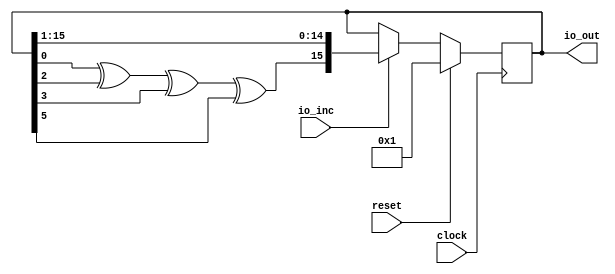
module LFSR16( // @[:@3.2]
  input         clock, // @[:@4.4]
  input         reset, // @[:@5.4]
  input         io_inc, // @[:@6.4]
  output [15:0] io_out // @[:@6.4]
);
  reg [15:0] res; // @[LFSR16.scala 16:20:@8.4]
  reg [31:0] _RAND_0;
  wire  _T_11; // @[LFSR16.scala 18:26:@10.6]
  wire  _T_12; // @[LFSR16.scala 18:33:@11.6]
  wire  _T_13; // @[LFSR16.scala 18:29:@12.6]
  wire  _T_14; // @[LFSR16.scala 18:40:@13.6]
  wire  _T_15; // @[LFSR16.scala 18:36:@14.6]
  wire  _T_16; // @[LFSR16.scala 18:47:@15.6]
  wire  _T_17; // @[LFSR16.scala 18:43:@16.6]
  wire [14:0] _T_18; // @[LFSR16.scala 18:55:@17.6]
  wire [15:0] _T_19; // @[Cat.scala 30:58:@18.6]
  wire [15:0] _GEN_0; // @[LFSR16.scala 17:17:@9.4]
  assign _T_11 = res[0]; // @[LFSR16.scala 18:26:@10.6]
  assign _T_12 = res[2]; // @[LFSR16.scala 18:33:@11.6]
  assign _T_13 = _T_11 ^ _T_12; // @[LFSR16.scala 18:29:@12.6]
  assign _T_14 = res[3]; // @[LFSR16.scala 18:40:@13.6]
  assign _T_15 = _T_13 ^ _T_14; // @[LFSR16.scala 18:36:@14.6]
  assign _T_16 = res[5]; // @[LFSR16.scala 18:47:@15.6]
  assign _T_17 = _T_15 ^ _T_16; // @[LFSR16.scala 18:43:@16.6]
  assign _T_18 = res[15:1]; // @[LFSR16.scala 18:55:@17.6]
  assign _T_19 = {_T_17,_T_18}; // @[Cat.scala 30:58:@18.6]
  assign _GEN_0 = io_inc ? _T_19 : res; // @[LFSR16.scala 17:17:@9.4]
  assign io_out = res; // @[LFSR16.scala 21:10:@21.4]
`ifdef RANDOMIZE_GARBAGE_ASSIGN
`define RANDOMIZE
`endif
`ifdef RANDOMIZE_INVALID_ASSIGN
`define RANDOMIZE
`endif
`ifdef RANDOMIZE_REG_INIT
`define RANDOMIZE
`endif
`ifdef RANDOMIZE_MEM_INIT
`define RANDOMIZE
`endif
`ifndef RANDOM
`define RANDOM $random
`endif
`ifdef RANDOMIZE
  integer initvar;
  initial begin
    `ifdef INIT_RANDOM
      `INIT_RANDOM
    `endif
    `ifndef VERILATOR
      #0.002 begin end
    `endif
  `ifdef RANDOMIZE_REG_INIT
  _RAND_0 = {1{`RANDOM}};
  res = _RAND_0[15:0];
  `endif // RANDOMIZE_REG_INIT
  end
`endif // RANDOMIZE
  always @(posedge clock) begin
    if (reset) begin
      res <= 16'h1;
    end else begin
      if (io_inc) begin
        res <= _T_19;
      end
    end
  end
endmodule